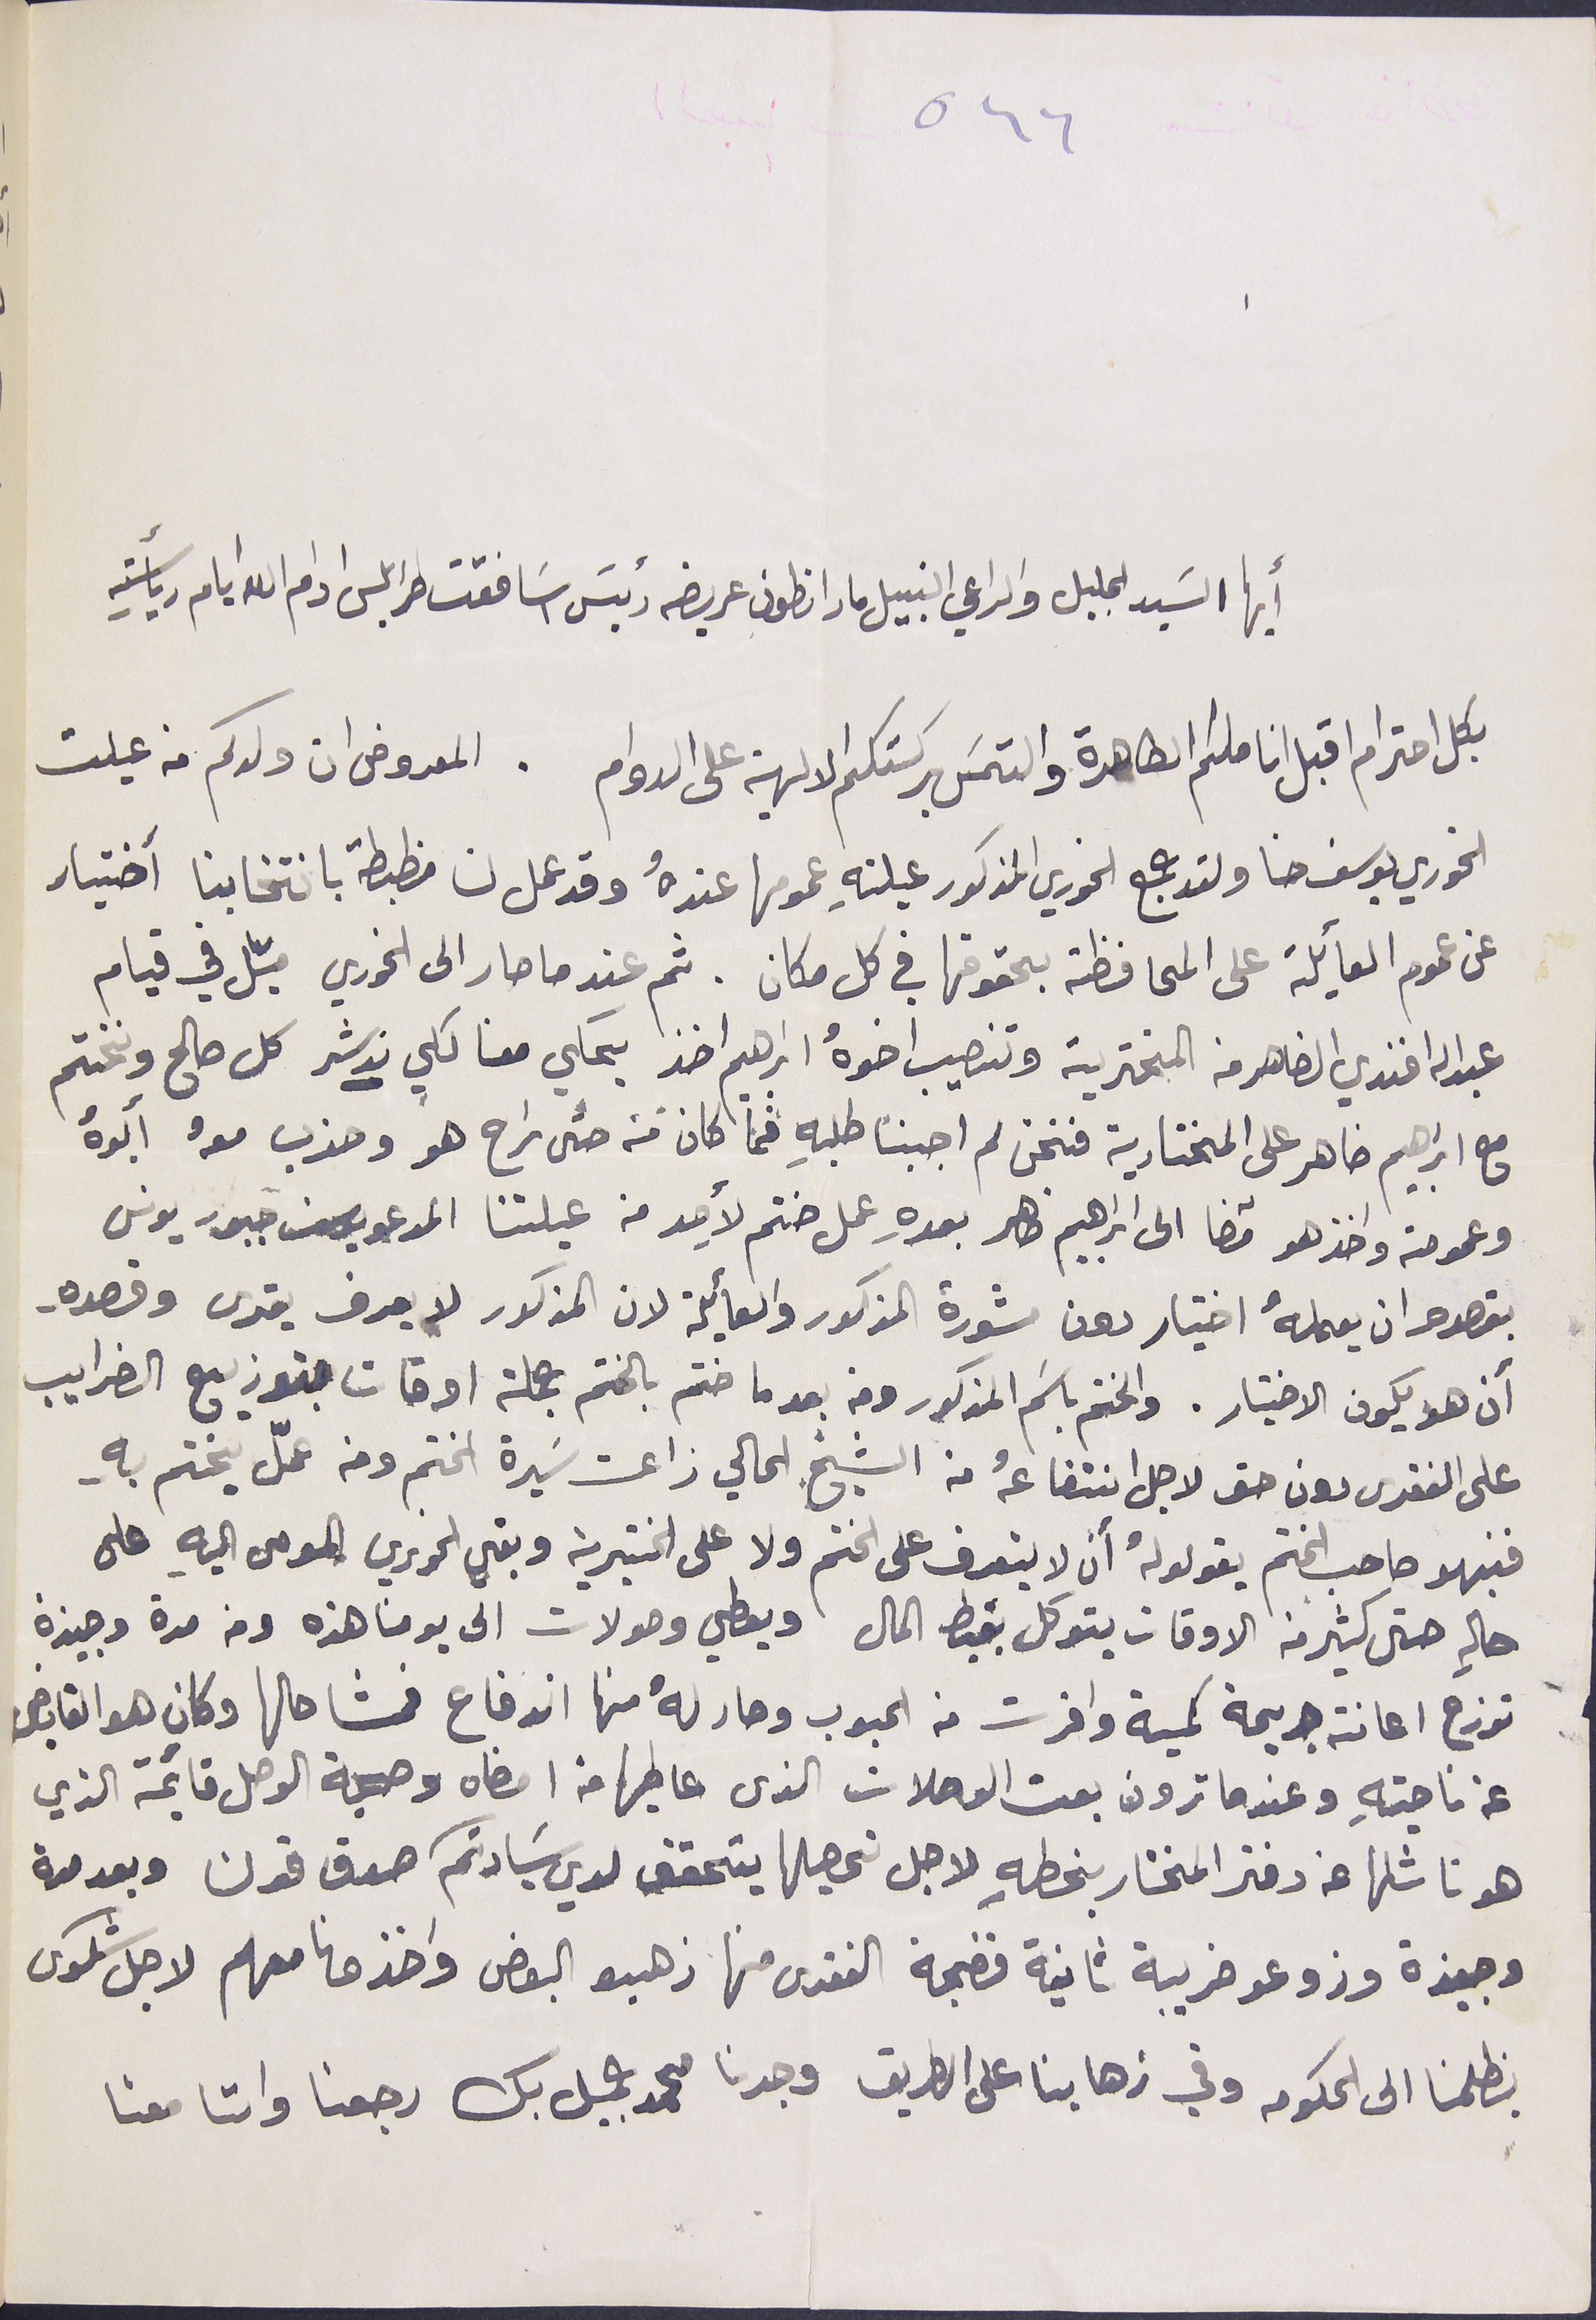
٥٦٦
أيها السَيد الجليل والراعي النبيل مار انطون عريضه رئيسَ اسَافقت طرابلس ادام الله ايام ريأستهِ
بكل احترام اقبل اناملكم الطاهرة والتمسَ بركتكم الالهية على الدوام. المعروض ان ولدكم من عيلت
الخوري يوسف حنا ولقد جمع الخوري المذكور عيلتهِ عمومها عندهُ وقد عمل لنا مظبطة بانتخابنا أختيار
 عن عموم العأيلة على المحافظة بحقوقها في كل مكان. ثم عندما صار الى الخوري ميّل في قيام
عبدالله افندي الضاهر من المخترية وتنصيب اخوهُ ابراهم اخذ يحكي معنا لكي ندشر كل صالح ونختم
مع ابراهيم ضاهر على المختاربة فنحن لم اجبنا طلبه فما كان منه حتى راح هو وحزب معه أبوهُ
وعمومته واخذ هو قضا الى ابراهيم ضاهر بعدهِ عمل ختم لأحد من عيلتنا المدعو يوسف جبور يونس
 بقصده ان يعملهُ اختيار دون مشورة المذكور والعأيلة لان المذكور لا يعرف يقرى وقصده
أن هو يكون الاختيار. والختم باسَم المذكور ومنه بعد ما ختم بالختم جملة اوقات توزيع الضرايب
على الفقرى دون حق لاجل انتفاعهُ من الشيخ الحالي زاعت سَيرة الختم ومن عمّل يختم بهِ.
فنبهوا صاحب الختم يقولولهُ أن لا يتعرف على الختم ولا على الختيرية وبقي الخوري المومى اليه على
حالهِ حتى كثير من الاوقات يتوكل بقبض المال ويعطي وصولات الى يومنا هذه ومن مدة وجيزة
 توزع اعانة جريمة كمية وافرت من الحبوب وصار لهُ منها اندفاع فمشا حالها وكان هو القابض
عن ناحيتهِ وعندما ترون بعت الوصلات الذى عاطيها من امضاه وصحبة الوصل قايمة الذي
هو ناشلها عن دفتر المختار بخطهِ لاجل تحصيلها يتحقق لدي سَيادتكم صدق قولنا وبعد مدة
وجبزة وزوعو ضريبة ثانية فضجة الفقرى منها ذهبو البعض واخذونا معهم لاجل شكوى
بظلمنا الى الحكومه وفي ذهابنا على الطريق وجدنا محمد جميل بك رجعنا واتا معنا